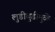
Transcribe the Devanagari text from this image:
लुडीबुडीमुळे